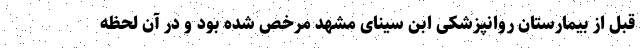
قبل از بیمارستان روانپزشکی ابن سینای مشهد مرخص شده بود و در آن لحظه